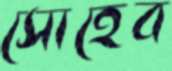
সোহেব